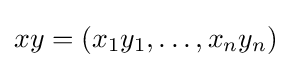
xy=(x_{1}y_{1},\ldots ,x_{n}y_{n})